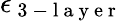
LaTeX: \epsilon_{\mathrm{~3~-~l~a~y~e~r~}}